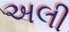
અલી